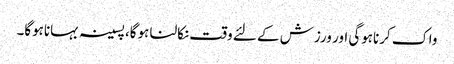
واک کرناہوگی اور ورزش کے لئے وقت نکالنا ہوگا، پسینہ بہاناہوگا۔